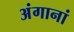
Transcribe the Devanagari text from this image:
अंगानां